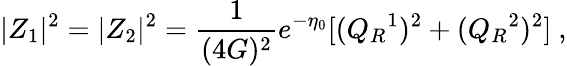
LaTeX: |Z_{1}|^{2}=|Z_{2}|^{2}={\frac{1}{(4G)^{2}}}e^{-\eta_{0}}[(Q_{R}{}^{1})^{2}+(Q_{R}{}^{2})^{2}]\ ,